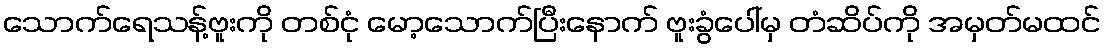
သောက်ရေသန့်ဗူးကို တစ်ငုံ မော့သောက်ပြီးနောက် ဗူးခွံပေါ်မှ တံဆိပ်ကို အမှတ်မထင်